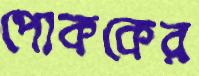
পোককের